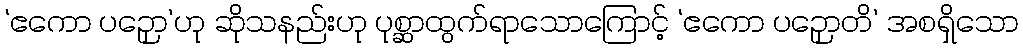
‘ဧကော ပဉှော’ဟု ဆိုသနည်းဟု ပုစ္ဆာထွက်ရာသောကြောင့် ‘ဧကော ပဉှောတိ’ အစရှိသော